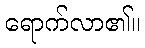
ရောက်လာ၏။